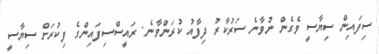
ސިފައިން ސިޔާސީ ވެގެން ނުވާނެ ސަރުކާރު ދިފާއު ކުރަންވާނެ: ރައީސްސިފައިންގެ ފިކުރަށް ސިޔާސީ